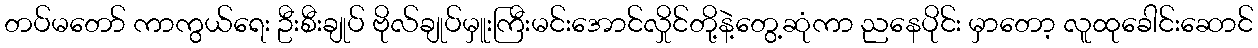
တပ်မတော် ကာကွယ်ရေး ဦးစီးချုပ် ဗိုလ်ချုပ်မှူးကြီးမင်းအောင်လှိုင်တို့နဲ့တွေ့ဆုံကာ ညနေပိုင်း မှာတော့ လူထုခေါင်းဆောင်